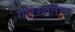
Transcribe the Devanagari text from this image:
गोरखालैण्ड